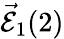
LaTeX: \vec{\mathcal{E}}_{1}(2)